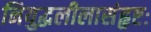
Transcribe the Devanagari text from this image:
नियुद्धलीलासंहृष्टः